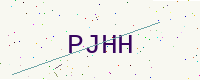
Text: PJHH